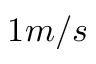
1 m / s